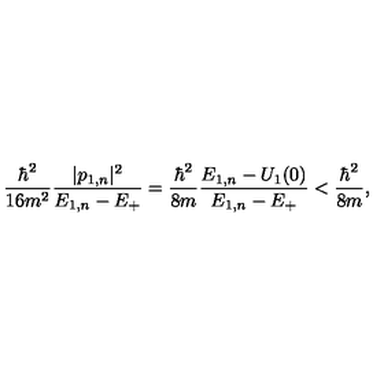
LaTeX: { \frac { \hbar ^ { 2 } } { 1 6 m ^ { 2 } } } { \frac { | p _ { 1 , n } | ^ { 2 } } { E _ { 1 , n } - E _ { + } } } = { \frac { \hbar ^ { 2 } } { 8 m } } { \frac { E _ { 1 , n } - U _ { 1 } ( 0 ) } { E _ { 1 , n } - E _ { + } } } < { \frac { \hbar ^ { 2 } } { 8 m } } ,